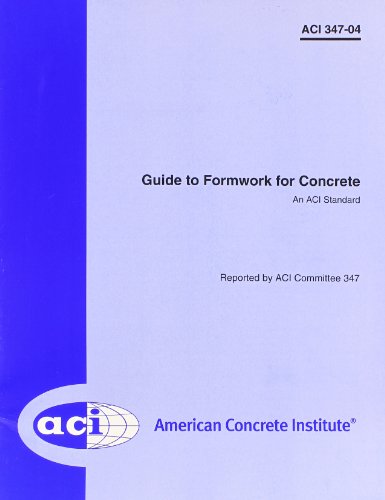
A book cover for Guide to Formwork for Concrete; aci; Reference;